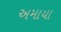
અમાયા